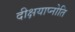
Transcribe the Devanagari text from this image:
दीक्षयाप्नोति